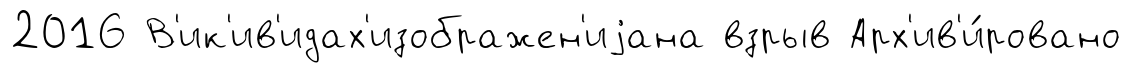
2016 В'ик'ив'идах'изображен'иjана взрыв Арх'ив'и́ровано